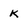
Character: K